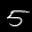
Label: 5